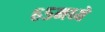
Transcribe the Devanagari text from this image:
६५मध्ये